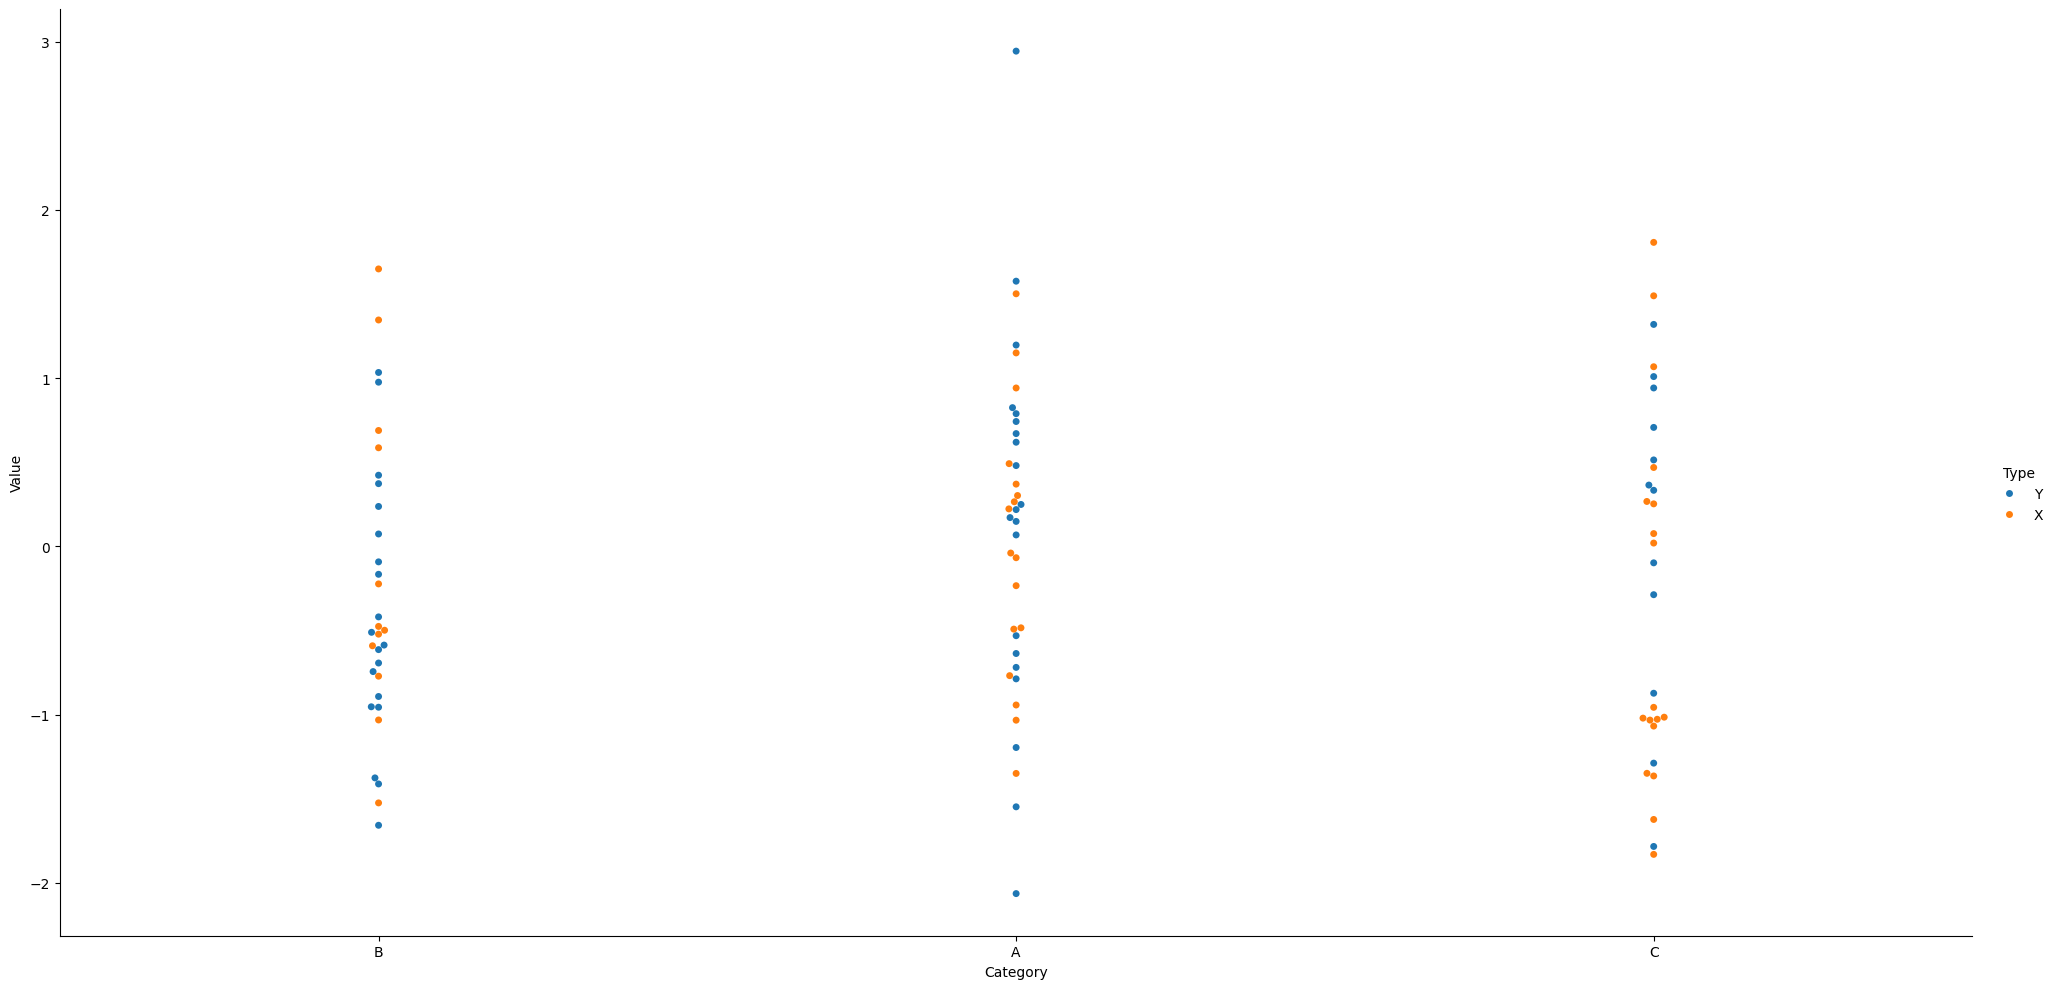
python, seaborn, catplot, kind='swarm', height=10, aspect=2